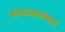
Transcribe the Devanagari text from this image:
क्लबाखालोखाल